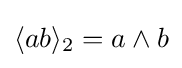
\langle ab\rangle _{2}=a\wedge b